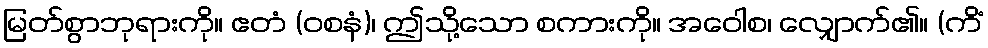
မြတ်စွာဘုရားကို။ ဧတံ (ဝစနံ)၊ ဤသို့သော စကားကို။ အဝေါစ၊ လျှောက်၏။ (ကိံ